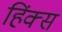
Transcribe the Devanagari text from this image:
हिंक्स